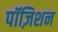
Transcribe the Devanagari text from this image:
पॉज़िशन